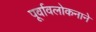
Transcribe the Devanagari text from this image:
पूर्वावलोकनाने